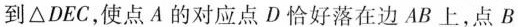
到\triangle DEC,使点A的对应点D恰好落在边AB上，点B